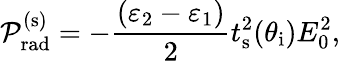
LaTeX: \mathcal{P}_{\mathrm{rad}}^{(\mathrm{s})}=-\frac{\left(\varepsilon_{2}-\varepsilon_{1}\right)}{2}t_{\mathrm{s}}^{2}(\theta_{\mathrm{i}})E_{0}^{2},